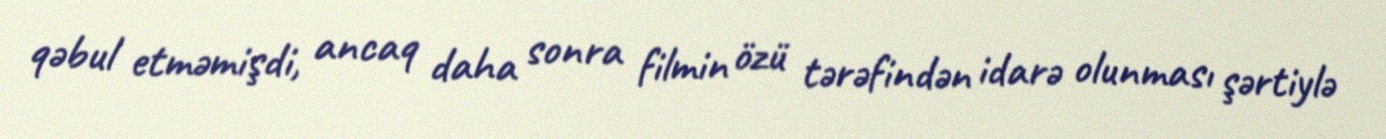
qəbul etməmişdi, ancaq daha sonra filmin özü tərəfindən idarə olunması şərtiylə